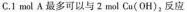
C.1mol A最多可以与2mol Cu(OH)_{2}，反应